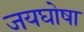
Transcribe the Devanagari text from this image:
जयघोषा